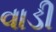
વાડી